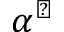
\alpha ^ { \sharp }